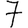
Digit: 7